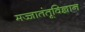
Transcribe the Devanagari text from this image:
मज्जातंतूविज्ञान